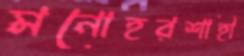
মনোহরশাহী